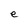
Character: e